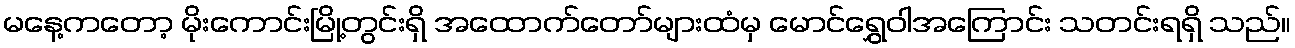
မနေ့ကတော့ မိုးကောင်းမြို့တွင်းရှိ အထောက်တော်များထံမှ မောင်ရွှေဝါအကြောင်း သတင်းရရှိ သည်။